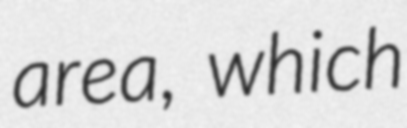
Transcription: area, which